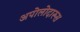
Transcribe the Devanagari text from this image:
अपोलोदारूस